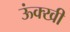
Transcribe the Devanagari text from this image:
ऊंक्खी